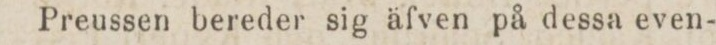
Preussen bereder sig äfven på dessa even-